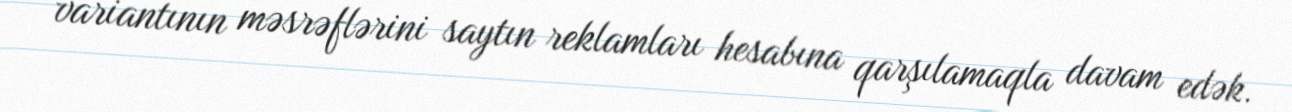
variantının məsrəflərini saytın reklamları hesabına qarşılamaqla davam edək.